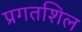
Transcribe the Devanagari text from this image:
प्रगतशिल